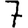
Digit: 7